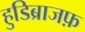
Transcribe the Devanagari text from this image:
हुडिब्राजफ़